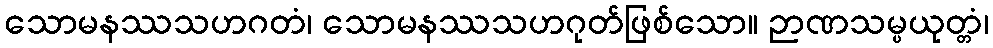
သောမနဿသဟဂတံ၊ သောမနဿသဟဂုတ်ဖြစ်သော။ ဉာဏသမ္ပယုတ္တံ၊